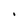
Character: i